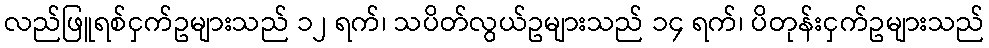
လည်ဖြူရစ်ငှက်ဥများသည် ၁၂ ရက်၊ သပိတ်လွယ်ဥများသည် ၁၄ ရက်၊ ပိတုန်းငှက်ဥများသည်